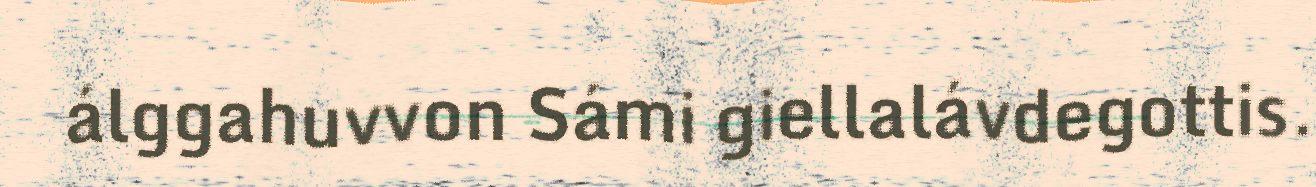
álggahuvvon Sámi giellalávdegottis.